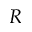
R